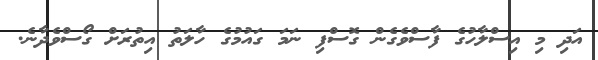
އަދި މި އިސްލާހުގެ ފާސްވެގެން ގޮސްފި ނަމަ ގައުމުގެ ހާލަތު އިތުރަށް ގޯސްވެދާނެ.